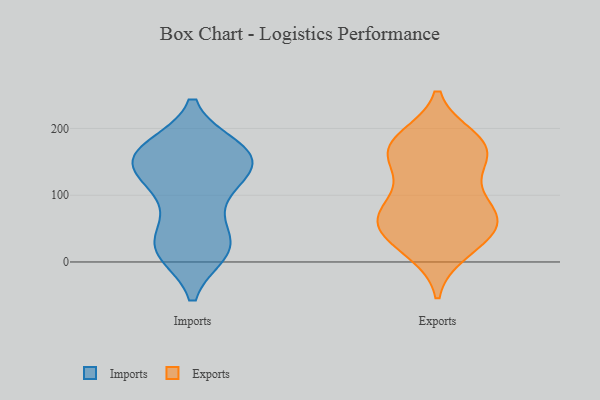
{"axis": {"x": "Demand Index", "y": "Value"}, "legend": ["Exports", "Imports"], "data": [{"x": "", "y": 157, "type": "Imports"}, {"x": "", "y": 166, "type": "Imports"}, {"x": "", "y": 24, "type": "Imports"}, {"x": "", "y": 16, "type": "Imports"}, {"x": "", "y": 91, "type": "Imports"}, {"x": "", "y": 17, "type": "Imports"}, {"x": "", "y": 22, "type": "Imports"}, {"x": "", "y": 144, "type": "Imports"}, {"x": "", "y": 145, "type": "Imports"}, {"x": "", "y": 36, "type": "Imports"}, {"x": "", "y": 119, "type": "Imports"}, {"x": "", "y": 140, "type": "Imports"}, {"x": "", "y": 101, "type": "Imports"}, {"x": "", "y": 162, "type": "Imports"}, {"x": "", "y": 170, "type": "Imports"}, {"x": "", "y": 165, "type": "Imports"}, {"x": "", "y": 158, "type": "Imports"}, {"x": "", "y": 26, "type": "Imports"}, {"x": "", "y": 17, "type": "Exports"}, {"x": "", "y": 184, "type": "Exports"}, {"x": "", "y": 107, "type": "Exports"}, {"x": "", "y": 176, "type": "Exports"}, {"x": "", "y": 160, "type": "Exports"}, {"x": "", "y": 26, "type": "Exports"}, {"x": "", "y": 64, "type": "Exports"}, {"x": "", "y": 69, "type": "Exports"}, {"x": "", "y": 134, "type": "Exports"}, {"x": "", "y": 63, "type": "Exports"}, {"x": "", "y": 171, "type": "Exports"}, {"x": "", "y": 33, "type": "Exports"}, {"x": "", "y": 174, "type": "Exports"}, {"x": "", "y": 60, "type": "Exports"}, {"x": "", "y": 79, "type": "Exports"}, {"x": "", "y": 63, "type": "Exports"}, {"x": "", "y": 165, "type": "Exports"}]}